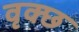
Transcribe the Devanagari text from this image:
वृक्छ